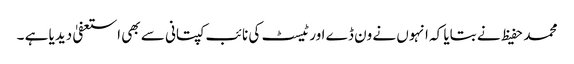
محمد حفیظ نے بتایا کہ انہوں نے ون ڈے اور ٹیسٹ کی نائب کپتانی سے بھی استعفیٰ دیدیا ہے ۔